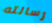
رسالته